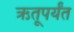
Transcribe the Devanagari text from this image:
ऋतूपर्यंत